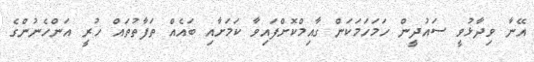
އޭނާ ވިދާޅުވީ ސައުދީން ހަމަހަމަކަން ގާއިމްކޮށްފައިވާ ކަމަށާއި ބައެއް ތަފާތުތައް ހުރީ އަންހެނުންގެ